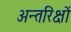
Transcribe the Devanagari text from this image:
अन्तरिक्षों